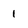
Character: i